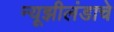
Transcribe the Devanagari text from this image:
न्यूझीलंडाचे